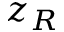
z _ { R }